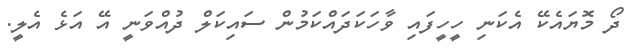
ދޯ މޮޔައެކޭ އެކަނި ހީހީފައި ވާހަކަދައްކަމުން ސައިކަލް ދުއްވަނީ އޭ އަޅެ އެލީ.